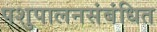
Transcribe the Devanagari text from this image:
पशुपालनसंबंधित